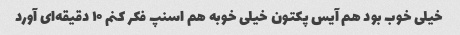
خیلی خوب بود هم آیس پکتون خیلی خوبه هم اسنپ فکر کنم ۱۰ دقیقه‌ای آورد